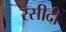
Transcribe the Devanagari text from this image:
रसीदी